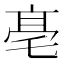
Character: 𠅢